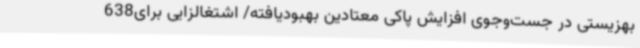
بهزیستی در جست‌وجوی افزایش پاکی معتادین بهبودیافته/ اشتغالزایی برای638